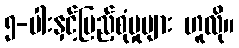
၅-ပါးနှင့်ပြည့်စုံမှုများ ဟူလို။